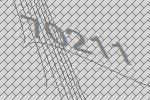
70211